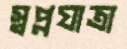
স্বপ্নযাত্রা